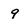
Character: 9